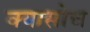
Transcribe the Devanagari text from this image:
क्यासोच